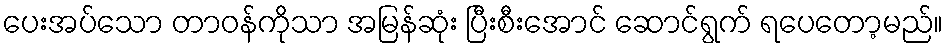
ပေးအပ်သော တာဝန်ကိုသာ အမြန်ဆုံး ပြီးစီးအောင် ဆောင်ရွက် ရပေတော့မည်။